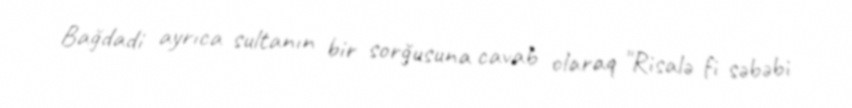
Bağdadi ayrıca sultanın bir sorğusuna cavab olaraq "Risalə fi səbəbi